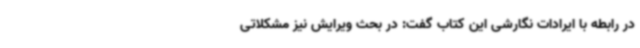
در رابطه با ایرادات نگارشی این کتاب گفت: در بحث ویرایش نیز مشکلاتی